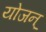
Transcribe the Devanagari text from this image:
योजन्